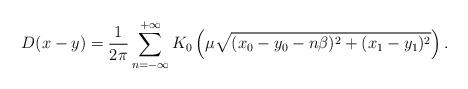
LaTeX: \begin{align*}D(x-y) = \frac{1}{2\pi}\sum^{+\infty}_{n=-\infty}K_0\left(\mu\sqrt{(x_0 - y_0 -n\beta)^2 + (x_1 - y_1)^2}\right).\end{align*}